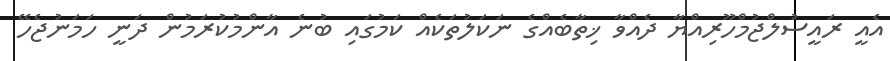
އެއީ ރައީސުލްޖުމްހޫރިއްޔާ ދެއްވާ ޚިތާބެއްގެ ނަކަލުތަކެއް ކަމުގައި ބުނެ އާންމުކުރަމުން ދަނީ ހަމަނުޖެހޭ